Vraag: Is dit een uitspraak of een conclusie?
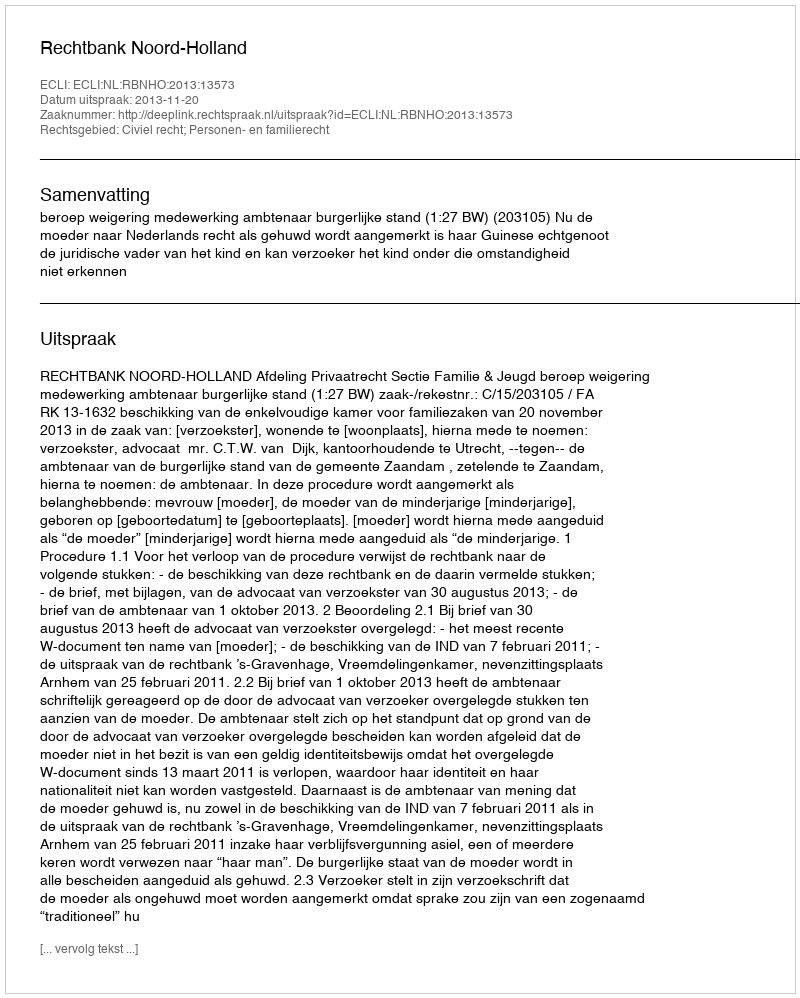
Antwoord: Uitspraak